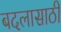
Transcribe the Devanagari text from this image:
बदलासाठी